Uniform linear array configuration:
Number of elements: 12
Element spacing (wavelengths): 0.75
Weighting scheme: binomial
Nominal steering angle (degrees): -30
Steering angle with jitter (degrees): -31.78
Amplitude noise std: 0.05
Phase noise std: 0.05

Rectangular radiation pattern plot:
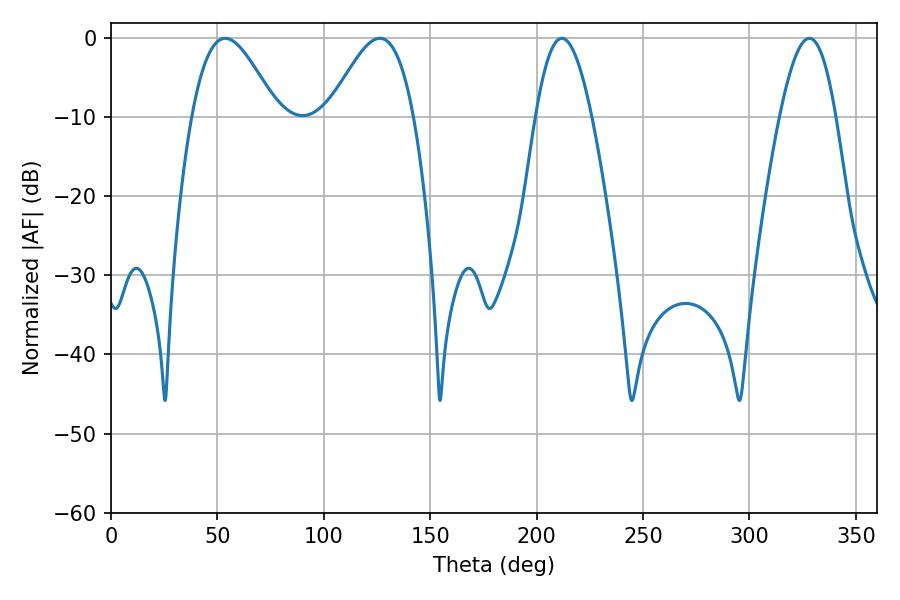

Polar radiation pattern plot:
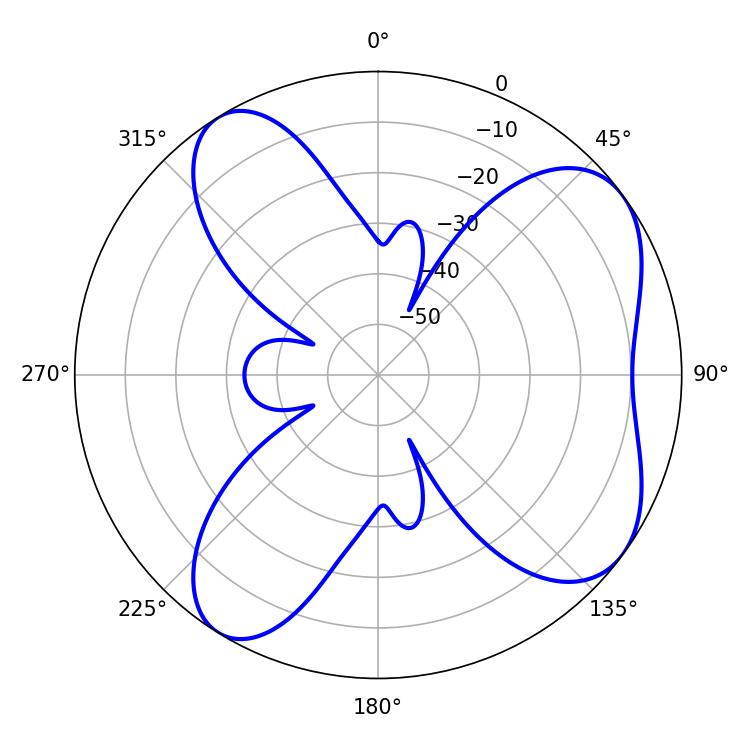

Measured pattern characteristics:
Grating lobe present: TRUE
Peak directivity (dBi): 6.768
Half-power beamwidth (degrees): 14.22
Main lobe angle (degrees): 328.14